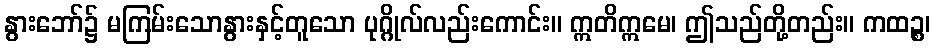
နွားဘော်၌ မကြမ်းသောနွားနှင့်တူသော ပုဂ္ဂိုလ်လည်းကောင်း။ ဣတိဣမေ၊ ဤသည်တို့တည်း။ ကထဉ္စ၊